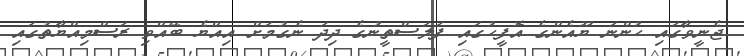
ޖެނީވާގައި ހުންނަ ޔޫއެންގެ އޮފީހުގައި ފަލަސްތީނުގެ ދިދަ ނެގުމަށް އިއްޔެ ބޭއްވި ރަސްމިއްޔާތުގައި